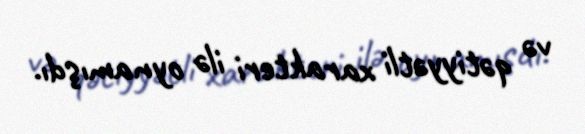
və qətiyyətli xarakteri ilə oynamışdı.